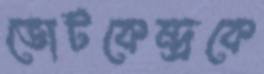
ভোটকেন্দ্রকে